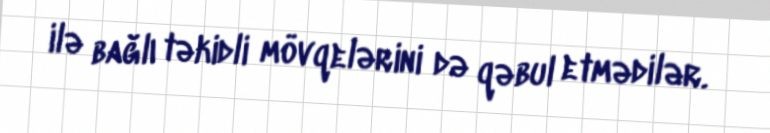
ilə bağlı təkidli mövqelərini də qəbul etmədilər.